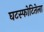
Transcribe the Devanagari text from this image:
घटस्फोटितेला